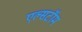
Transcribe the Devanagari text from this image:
एल्सटॉम